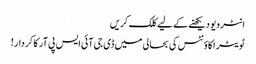
انٹرویو دیکھنے کے لیے کلک کریں
ٹویٹر اکاؤنٹس کی بحالی میں‌ ڈی جی آئی ایس پی آر کا کردار!